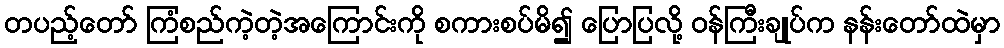
တပည့်တော် ကြံစည်ကဲ့တဲ့အကြောင်းကို စကားစပ်မိ၍ ပြောပြလို့ ဝန်ကြီးချုပ်က နန်းတော်ထဲမှာ